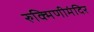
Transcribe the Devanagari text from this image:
रुक्मिणीमंदिर